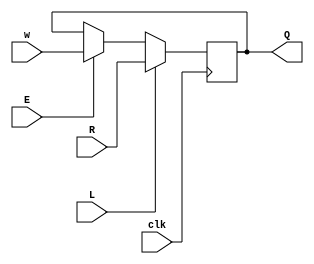
module top_module (
    input clk,
    input w, R, E, L,
    output Q
);

wire Lin, D;

assign Lin = E? w : Q;

assign D = L? R : Lin;

always @(posedge clk) 
  Q = D;


endmodule